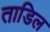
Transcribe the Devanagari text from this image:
ताडिल